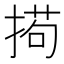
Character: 𫽚